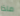
ماذا